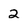
Character: 2